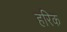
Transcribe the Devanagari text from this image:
हरिक